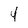
Character: 4